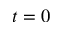
t = 0